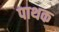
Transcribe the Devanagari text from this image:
पाथक